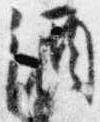
酒